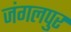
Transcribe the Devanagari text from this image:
जंगलपुर